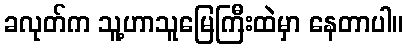
ခလုတ်က သူ့ဟာသူမြေကြီးထဲမှာ နေတာပါ။